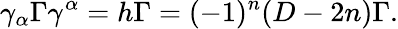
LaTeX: \gamma_{\alpha}\Gamma\gamma^{\alpha}=h\Gamma=(-1)^{n}(D-2n)\Gamma.